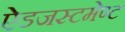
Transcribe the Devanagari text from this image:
ऐडजस्टमेण्ट